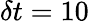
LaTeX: \delta t=10